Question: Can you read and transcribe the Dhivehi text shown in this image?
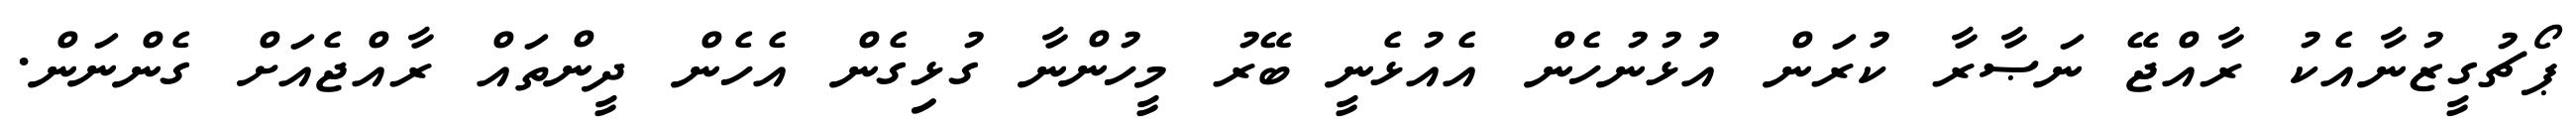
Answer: ޕޯޗުގީޒުނާއެކު ރާއްޖޭ ނަޞާރާ ކުރަން އުޅުނުހެން އެއުޅެނީ ބޭރު މީހުންނާ ގުޅިގެން އެހެން ދީންތައް ރާއްޖެއަށް ގެންނަން.